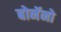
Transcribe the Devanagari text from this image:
बोनॅनो